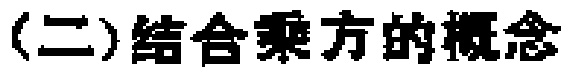
(二)结合乘方的概念